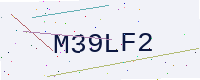
Text: M39LF2